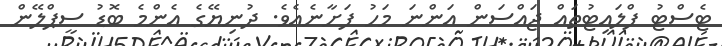
ޓެސްޓު ފްލައިޓުތައް ޖައްސަން އަންނަ މަހު ފަށާނެއެވެ. ދުނިޔޭގެ އެންމެ ބޮޑު ސީޕްލޭން